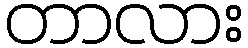
တာလား